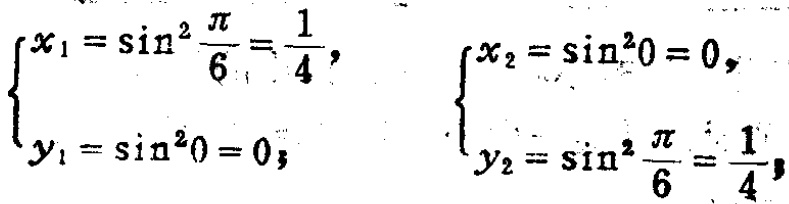
\(\begin{cases}x_1 = \sin^2\frac{\pi}{6}=\frac{1}{4},\\y_1 = \sin^20 = 0;\end{cases}\) \(\begin{cases}x_2 = \sin^20 = 0,\\y_2 = \sin^2\frac{\pi}{6}=\frac{1}{4};\end{cases}\)